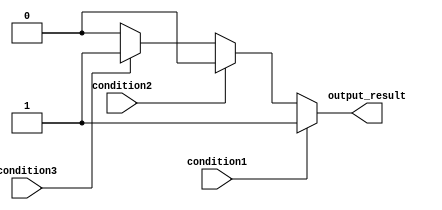
module multiple_if_else (
    input wire condition1,
    input wire condition2,
    input wire condition3,
    output reg output_result
);

always @* begin
    if (condition1) begin
        output_result = 1; // action to be taken if condition1 is true
    end else if (condition2) begin
        output_result = 2; // action to be taken if condition2 is true
    end else if (condition3) begin
        output_result = 3; // action to be taken if condition3 is true
    end else begin
        output_result = 0; // default action if none of the conditions are true
    end
end

endmodule